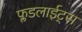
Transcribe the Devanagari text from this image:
फ्लडलाईट्स